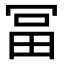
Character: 𠖐